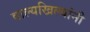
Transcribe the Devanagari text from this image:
वाल्यखिल्यांनी